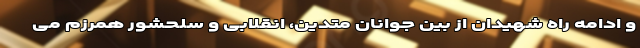
و ادامه راه شهیدان از بین جوانان متدین، انقلابی و سلحشور همرزم می